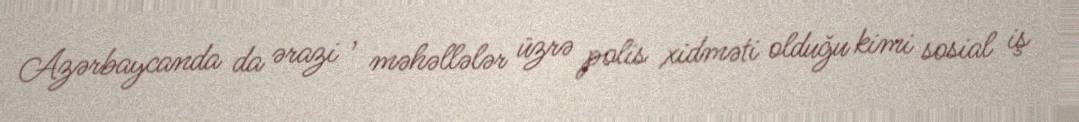
Azərbaycanda da ərazi , məhəllələr üzrə polis xidməti olduğu kimi sosial iş